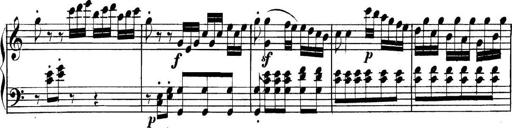
Title: Collected Piano Sonatas
Composer: Muzio Clementi